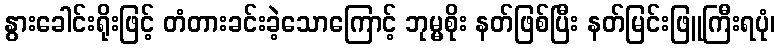
နွားခေါင်းရိုးဖြင့် တံတားခင်းခဲ့သောကြောင့် ဘုမ္မစိုး နတ်ဖြစ်ပြီး နတ်မြင်းဖြူကြီးရပုံ၊